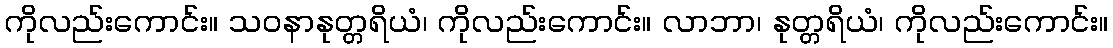
ကိုလည်းကောင်း။ သဝနာနုတ္တရိယံ၊ ကိုလည်းကောင်း။ လာဘာ၊ နုတ္တရိယံ၊ ကိုလည်းကောင်း။